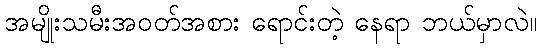
အမျိုးသမီးအဝတ်အစား ရောင်းတဲ့ နေရာ ဘယ်မှာလဲ။